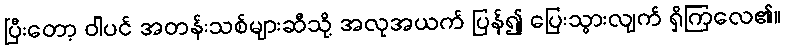
ပြီးတော့ ဝါပင် အတန်းသစ်များဆီသို့ အလုအယက် ပြန်၍ ပြေးသွားလျက် ရှိကြလေ၏။